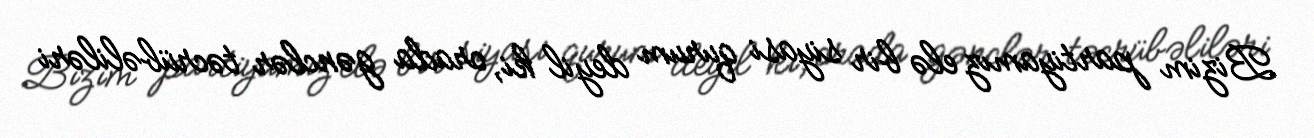
Bizim partiyamız elə bir siyasi qurum deyil ki, orada gənclər təcrübəliləri